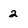
Character: 2